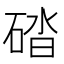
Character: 䂿